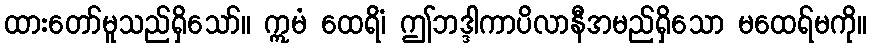
ထားတော်မူသည်ရှိသော်။ ဣမံ ထေရိံ၊ ဤဘဒ္ဒါကာပိလာနီအမည်ရှိသော မထေရ်မကို။